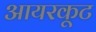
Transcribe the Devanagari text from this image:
आयरकूट